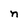
Character: n